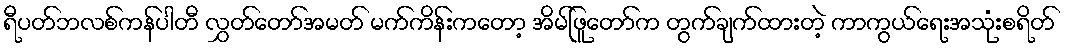
ရီပတ်ဘလစ်ကန်ပါတီ လွှတ်တော်အမတ် မက်ကိန်းကတော့ အိမ်ဖြူတော်က တွက်ချက်ထားတဲ့ ကာကွယ်ရေးအသုံးစရိတ်